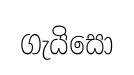
ගැයිසො